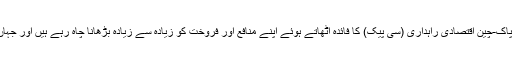
اس کی اہم ترین وجوہات میں سے ایک یہ ہے کہ وہ پاک-چین اقتصادی راہداری (سی پیک) کا فائدہ اٹھاتے ہوئے اپنے منافع اور فروخت کو زیادہ سے زیادہ بڑھانا چاہ رہے ہیں اور جہاں تک ہو سکے اس شعبے میں آگے بڑھنا چاہتے ہیں۔